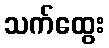
သက်ထွေး